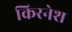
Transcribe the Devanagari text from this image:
किरनेश